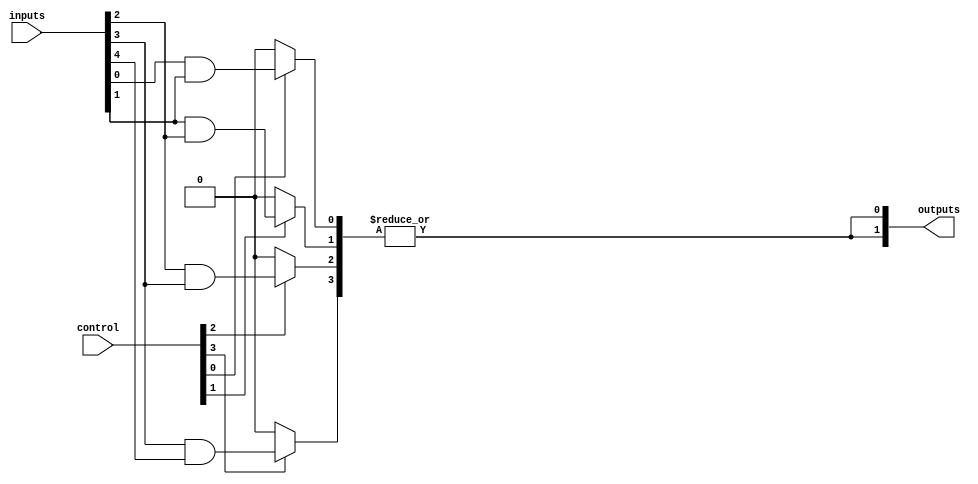
module FusedPAL (
    input wire [N-1:0] inputs,      // Input lines
    input wire [M-1:0] control,      // Control signals for programming AND array
    output wire [P-1:0] outputs      // Output lines
);
    parameter N = 8;                 // Number of input lines
    parameter M = 4;                 // Number of AND gates
    parameter P = 2;                 // Number of output lines

    // Programmable AND array
    wire [M-1:0] and_out [P-1:0];    // AND outputs for each output line

    genvar i, j;
    generate
        for (i = 0; i < P; i = i + 1) begin : output_logic
            for (j = 0; j < M; j = j + 1) begin : and_logic
                // Each AND gate can be programmed based on control signals
                assign and_out[i][j] = (control[j] == 1'b1) ? (inputs[j] & inputs[j+1]) : 1'b0; // Example logic
            end
            // Fused OR logic for each output
            assign outputs[i] = |and_out[i]; // ORing all AND outputs for this output line
        end
    endgenerate

endmodule